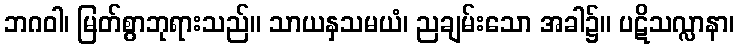
ဘဂဝါ၊ မြတ်စွာဘုရားသည်။ သာယနှသမယံ၊ ညချမ်းသော အခါ၌။ ပဋိသလ္လာနာ၊